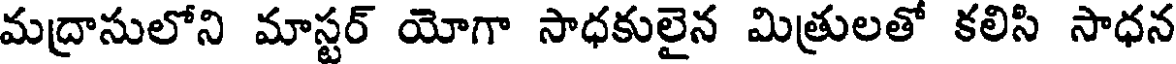
మద్రాసులోని మాస్టర్ యోగా సాధకులైన మిత్రులతో కలిసి సాధన